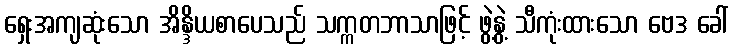
ရှေးအကျဆုံးသော အိန္ဒိယစာပေသည် သက္ကတဘာသာဖြင့် ဖွဲ့နွဲ့ သီကုံးထားသော ဗေဒ ခေါ်